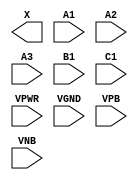
module sky130_fd_sc_lp__o311a (
    X   ,
    A1  ,
    A2  ,
    A3  ,
    B1  ,
    C1  ,
    VPWR,
    VGND,
    VPB ,
    VNB
);

    output X   ;
    input  A1  ;
    input  A2  ;
    input  A3  ;
    input  B1  ;
    input  C1  ;
    input  VPWR;
    input  VGND;
    input  VPB ;
    input  VNB ;
endmodule